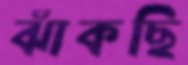
ঝাঁকছি